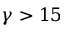
\gamma > 1 5